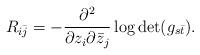
LaTeX: \begin{align*} R_{i\bar{j}}=-\frac{\partial^2}{\partial z_i\partial \bar{z}_j}\log\det(g_{s\bar{t}}).\end{align*}